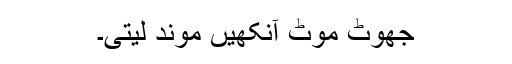
جھوٹ موٹ آنکھیں موند لیتی۔